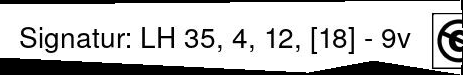
SiONAtUIT. LH35, 1.12,118)-9U